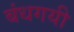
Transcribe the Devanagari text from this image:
बंधगयी